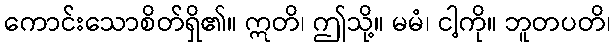
ကောင်းသောစိတ်ရှိ၏။ ဣတိ၊ ဤသို့။ မမံ၊ ငါ့ကို။ ဘူတပတိ၊